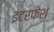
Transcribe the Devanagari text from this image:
इंटरफेश